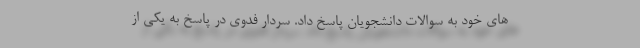
های خود به سوالات دانشجویان پاسخ داد. سردار فدوی در پاسخ به یکی از